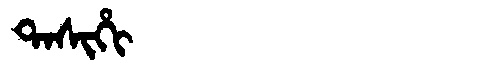
Manchu: ᡨᠠᠰᡳᡥᡳ
Romanization: TASIHI